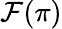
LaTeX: {\mathcal{F}}(\pi)